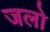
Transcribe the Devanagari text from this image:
जलो